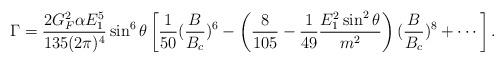
LaTeX: \begin{align*}\Gamma={2G_F^2\alpha E_1^5\over 135(2\pi)^4}\sin^6\theta\left[{1\over 50}({B\over B_c})^6-\left({8\over 105}-{1\over 49}{E_1^2\sin^2\theta\over m^2}\right)({B\over B_c})^8+\cdots \right] .\end{align*}